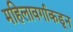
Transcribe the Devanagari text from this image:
महिलावर्गाकडून